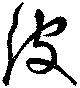
彼